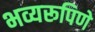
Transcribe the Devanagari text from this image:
भव्यरूपिणे